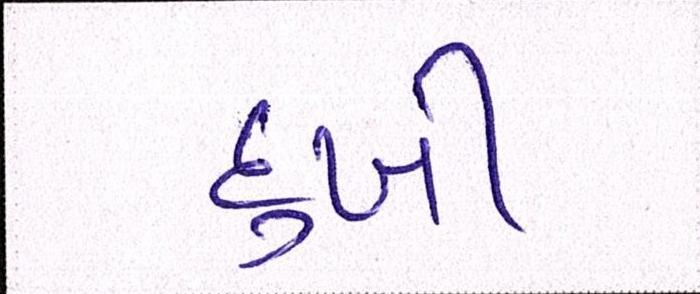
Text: દુખી